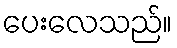
ပေးလေသည်။